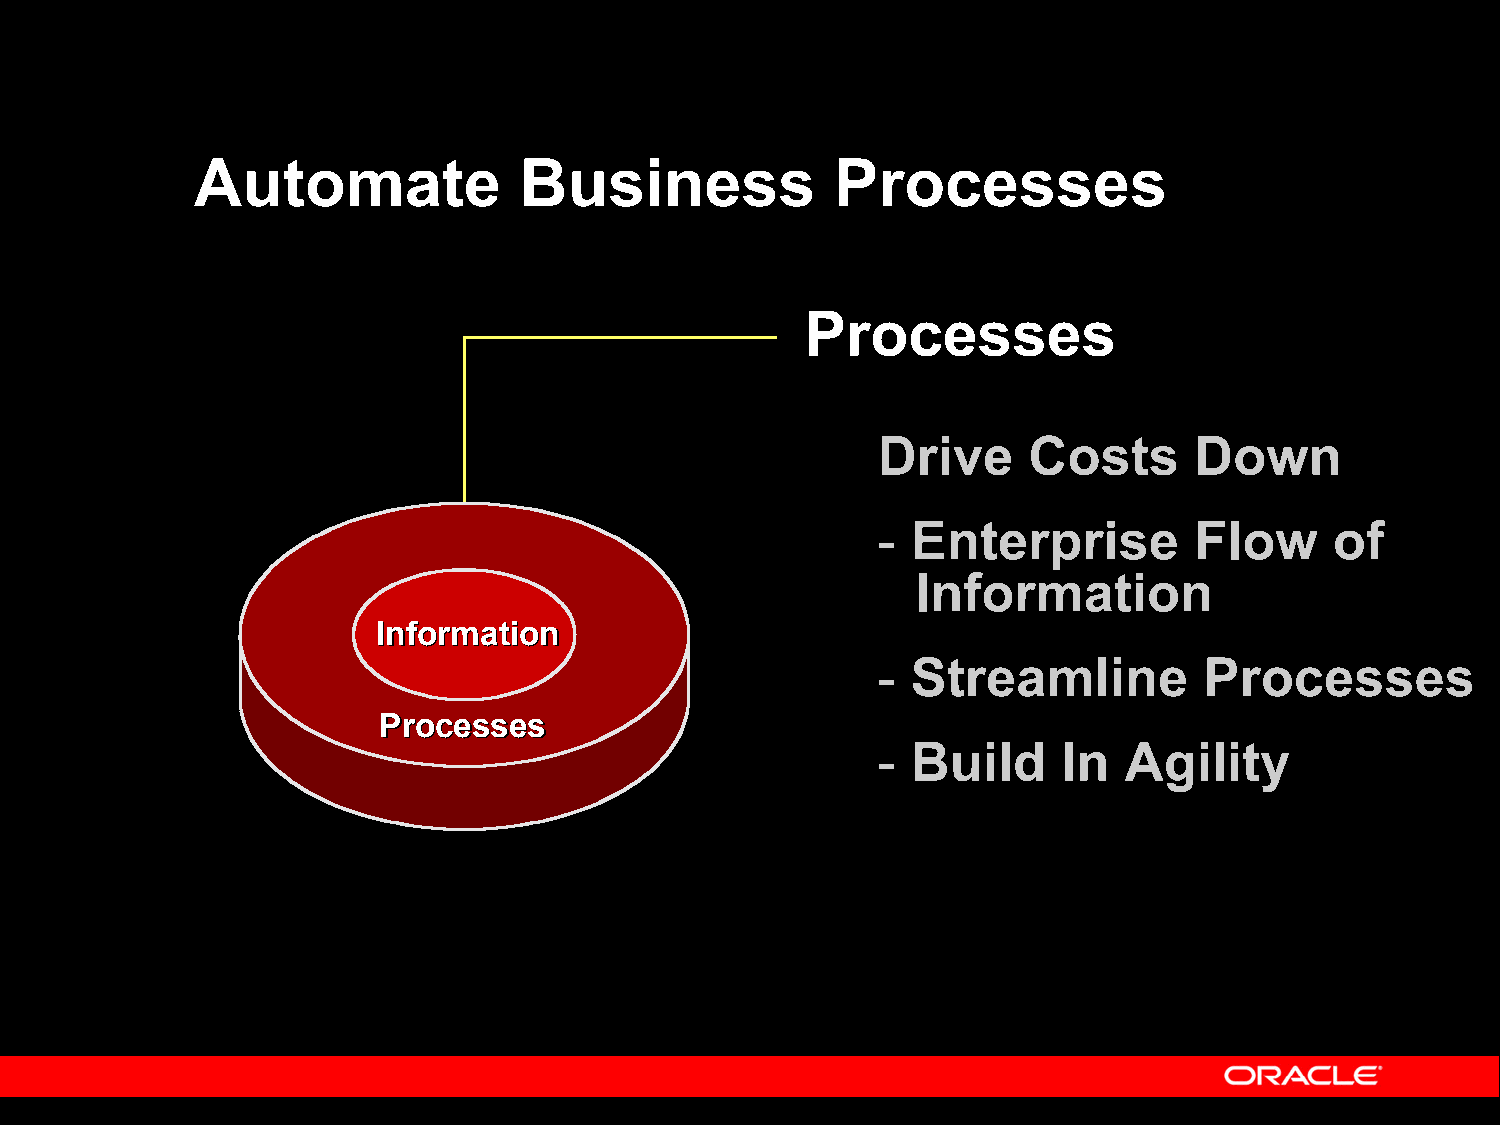
Automate             Business             Processes
 Processes
 Drive     Costs      Down
 - Enterprise         Flow     of
 Information
 IInnffoorrmmaattiioonn
 - Streamline          Processes
 PPrroocceesssseess
 - Build     In  Agility